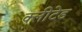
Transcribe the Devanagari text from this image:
क्लीटेड